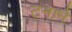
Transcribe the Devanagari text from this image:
टनाने